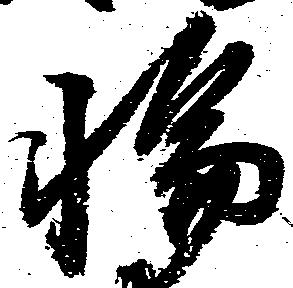
輪